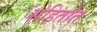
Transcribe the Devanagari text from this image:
संहितांत